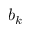
b _ { k }